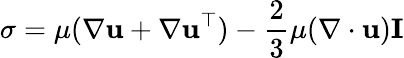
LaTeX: \sigma=\mu(\nabla\mathbf{u}+\nabla\mathbf{u}^{\top})-\frac{2}{3}\mu(\nabla\cdot\mathbf{u})\mathbf{I}